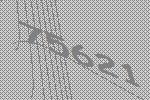
75621